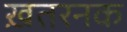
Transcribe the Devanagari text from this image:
ख़तरनक